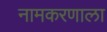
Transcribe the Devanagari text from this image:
नामकरणाला